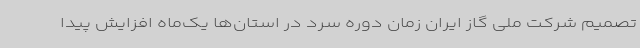
تصمیم شرکت ملی گاز ایران زمان دوره سرد در استان‌ها یک‌ماه افزایش پیدا